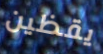
يقظين